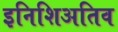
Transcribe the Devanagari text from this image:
इनिशिअतिव